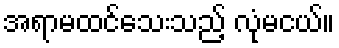
အရာမထင်သေးသည့် လုံမငယ်။